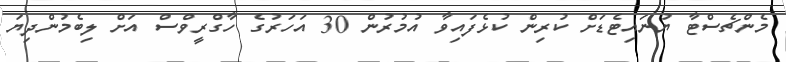
މެންޗެސްޓާ ޔުނައިޓެޑަށް ކުރިން ކުޅެފައިވާ އުމުރުން 30 އަހަރުގެ ހާގްރީވްސް އަށް ލިބެމުންދިޔަ